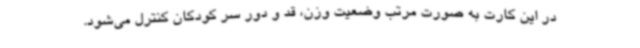
در این کارت به صورت مرتب وضعیت وزن، قد و دور سر کودکان کنترل می‌شود.